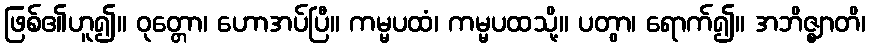
ဖြစ်၏ဟူ၍။ ဝုတ္တော၊ ဟောအပ်ပြီ။ ကမ္မပထံ၊ ကမ္မပထသို့။ ပတွာ၊ ရောက်၍။ အဘိဇ္ဈာတိ၊